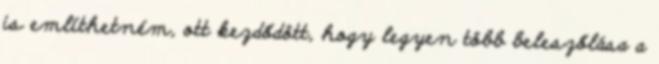
is említhetném, ott kezdődött, hogy legyen több beleszőlása a